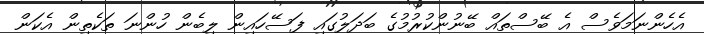
އެހެންނަމަވެސް އެ ބޭސްތައް ބޭނުންކުރުމުގެ ބަދަލުގައި ފަސޭހައިން ލިބެން ހުންނަ ތަކެތިން އެކަން